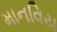
માનવિય